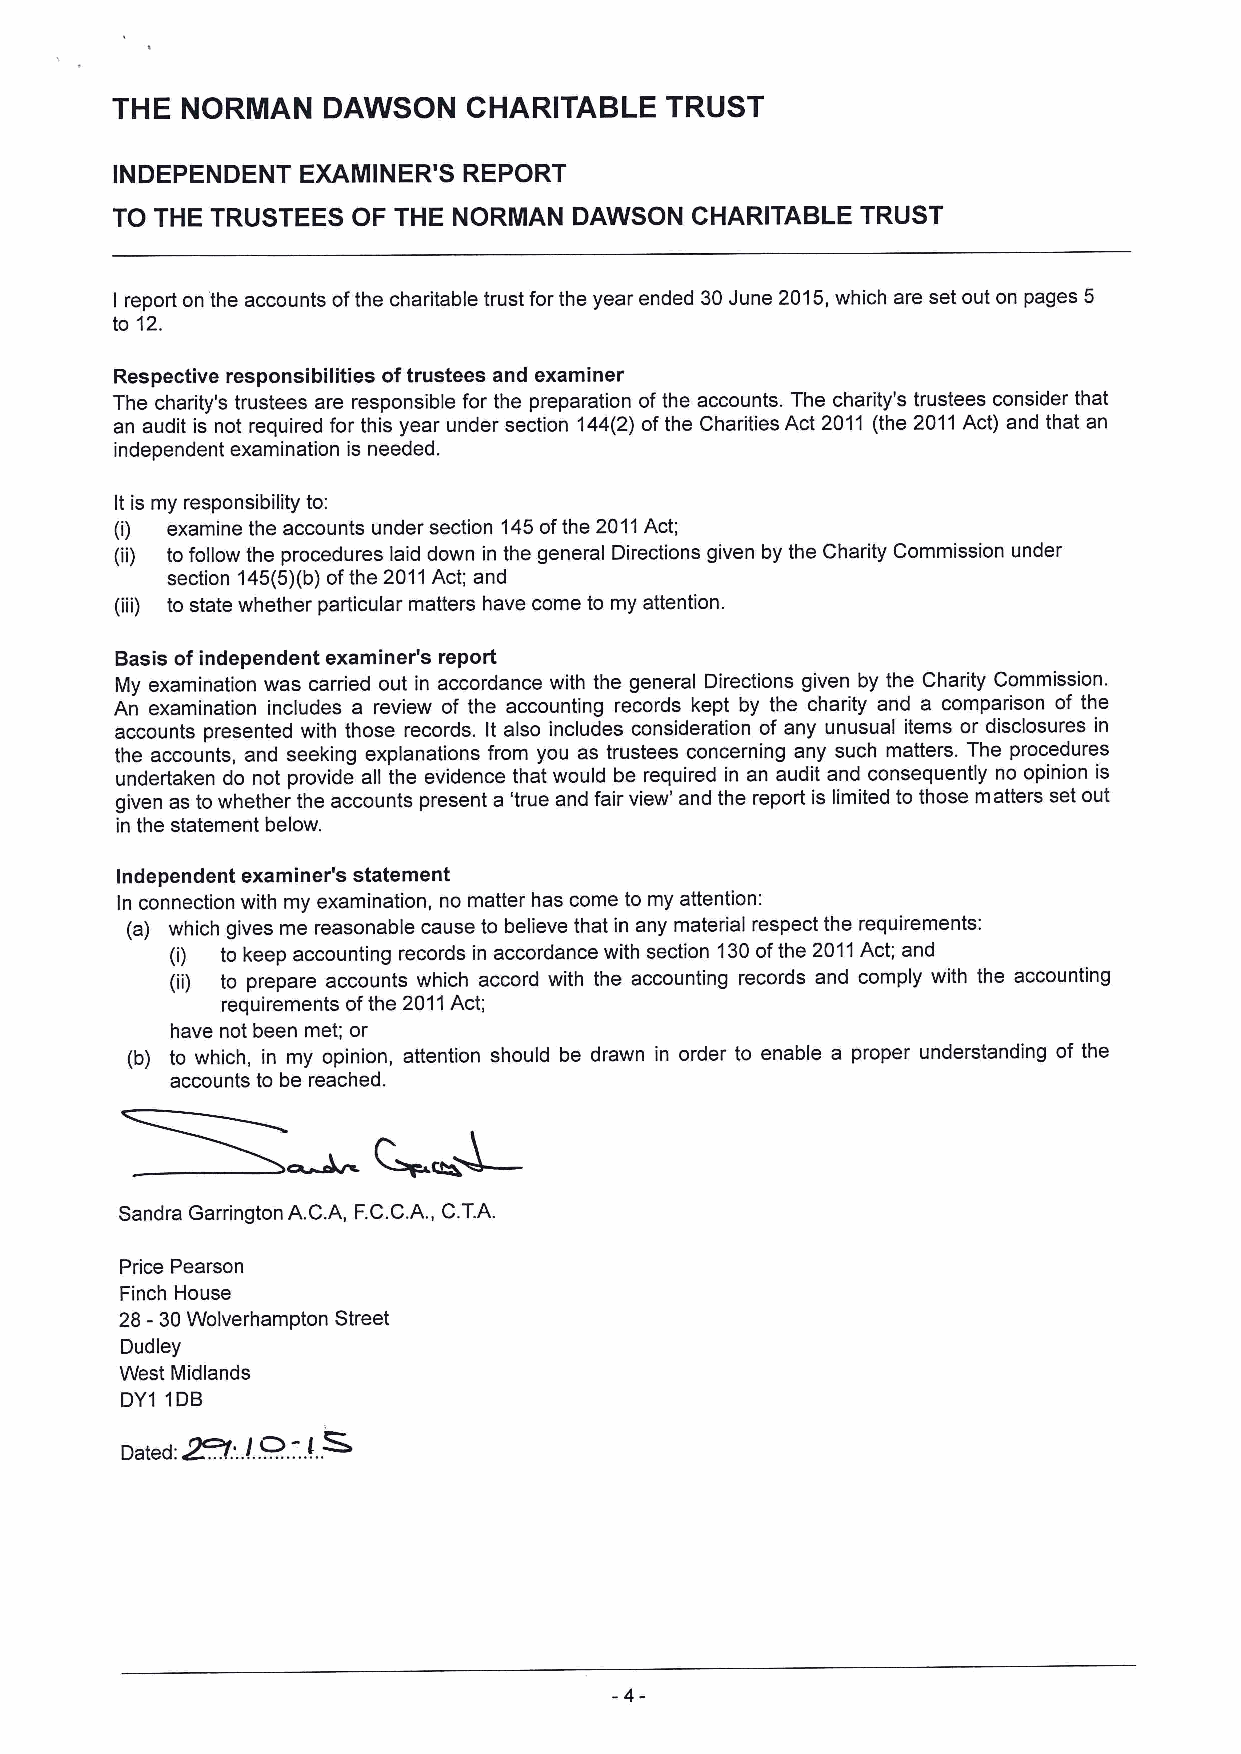
THE  NORINAN  DAWSON    CHARITABLE   TRUST
 INDEPENDENT  EXAMINER'S REPORT
 TO THE TRUSTEES OF THE NORMAN  DAWSON  CHARITABLE TRUST
 report on the accounts ofthe charitable trust for the year ended 30June 2015,which are set out on pages 5
 I
 to 12.
 Respective responsibilities oftrustees and examiner
 The charity's trustees are responsible for the preparation ofthe accounts. The charity's trustees consider that
 an audit is not required for this year under section 144(2) ofthe Charities Act 2011 (the 2011Act) and that an
 independent examination is needed.
 It is my responsibility to:
 (i) examine the accounts under section 145ofthe 2011Act;
 (ii) to follow the procedures laid down in the general Directions given by the Charity Commission under
 section 145(5)(b)ofthe 2011Act; and
 (iii) to state whether particular matters have come to my attention.
 Basis ofindependent examiner's report
 My examination was carried out in accordance with the general Directions given by the Charity Commission.
 An examination includes a review of the accounting records kept by the charity and a comparison of the
 accounts presented with those records. It also includes consideration of any unusual items or disclosures in
 the accounts, and seeking explanations from you as trustees concerning any such matters. The procedures
 undertaken do not provide all the evidence that would be required in an audit and consequently no opinion is
 given as towhether the accounts present a 'true and fair view' and the report is limited to those matters set out
 in the statement below.
 Independent examiner's statement
 In connection with my examination, no matter has come to my attention:
 (a) which gives me reasonable cause to believe that in any material respect the requirements:
 (i) to keep accounting records in accordance with section 130ofthe 2011Act; and
 (ii) to prepare accounts which accord with the accounting records and comply with the accounting
 requirements ofthe 2011Act;
 have not been met; or
 (b) to which, in my opinion, attention should be drawn in order to enable a proper understanding of the
 accounts to be reached.
 Sandra Garrington A.C.A, F.C.C.A. , C.T.A.
 Price Pearson
 Finch House
 28- 30Wolverhampton Street
 Dudley
 West Midlands
 DY1 1DB
 ~
 Dated:~. .l I M